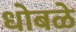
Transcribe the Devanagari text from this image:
धोबळे